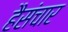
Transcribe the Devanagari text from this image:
हैसंचार